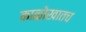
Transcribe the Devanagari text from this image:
काळोखातच